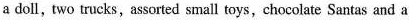
a doll, two trucks,assorted small toys,chocolate Santas and a